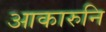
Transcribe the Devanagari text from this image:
आकारुनि